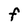
Character: F